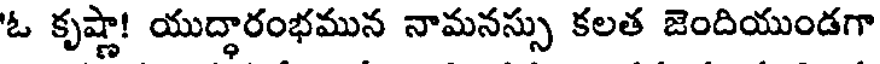
'ఓ కృష్ణా! యుద్ధారంభమున నామనస్సు కలత జెందియుండగా